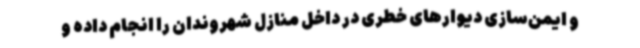
و ایمن‌سازی دیوارهای خطری در داخل منازل شهروندان را انجام داده و